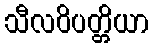
သီလဝိပတ္တိယာ